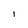
Character: l